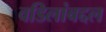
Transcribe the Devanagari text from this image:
वडिलांबद्दल